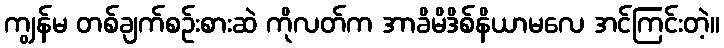
ကျွန်မ တစ်ချက်စဉ်းစားဆဲ ကိုလတ်က အာခိမိဒိစ်နိယာမလေ အင်ကြင်းတဲ့။